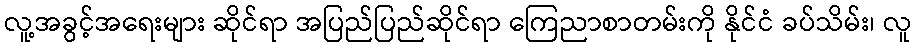
လူ့အခွင့်အရေးများ ဆိုင်ရာ အပြည်ပြည်ဆိုင်ရာ ကြေညာစာတမ်းကို နိုင်ငံ ခပ်သိမ်း၊ လူ